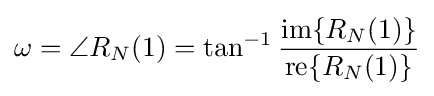
\omega =\angle R_{N}(1)=\tan ^{-1}{\frac {{\text{im}}\{R_{N}(1)\}}{{\text{re}}\{R_{N}(1)\}}}